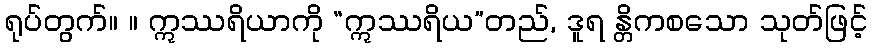
ရုပ်တွက်။ ။ ဣဿရိယာကို “ဣဿရိယ”တည်, ဒူရ န္တိကစသော သုတ်ဖြင့်